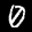
Label: 0